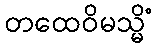
တထေဝိမသ္မိံ